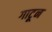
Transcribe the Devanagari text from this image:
गाटून